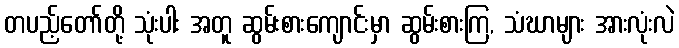
တပည့်တော်တို့ သုံးပါး အတူ ဆွမ်းစားကျောင်းမှာ ဆွမ်းစားကြ, သံဃာများ အားလုံးလဲ